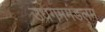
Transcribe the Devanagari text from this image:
उधगममंडलम